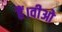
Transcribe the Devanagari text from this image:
हैं।वीओ